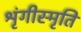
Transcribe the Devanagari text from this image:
श्रृंगीस्मृति